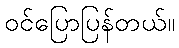
ဝင်ပြောပြန်တယ်။